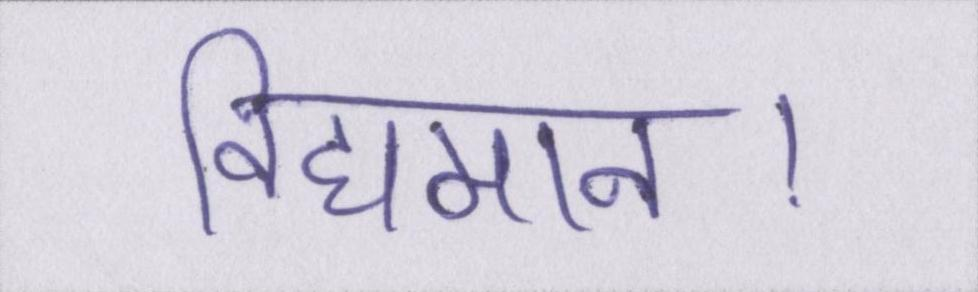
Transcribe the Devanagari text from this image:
विद्यमान।